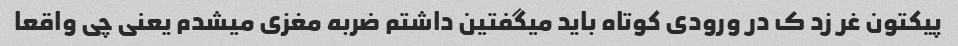
پیکتون غر زد ک در ورودی کوتاه باید میگفتین داشتم ضربه مغزی میشدم یعنی چی واقعا